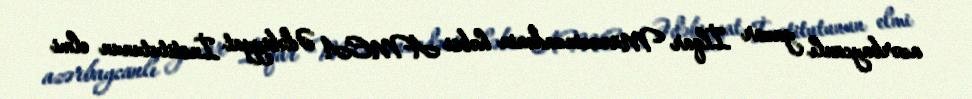
azərbaycanlı yazar İlqar Müəzzinzadənin həbsi AMEA Ədəbiyyat İnstitutunun elmi